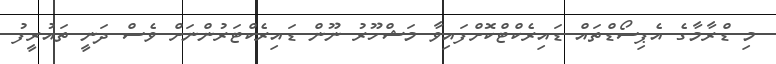
މި ޑްރާމާގެ އެޕިސޯޑްތައް ޑައިރެކްޓްކޮށްފައިވާ މަޝްހޫރު ނޫން ޑައިރެކްޓަރުންނަށް ވެސް ދަނީ ތައުރީފު